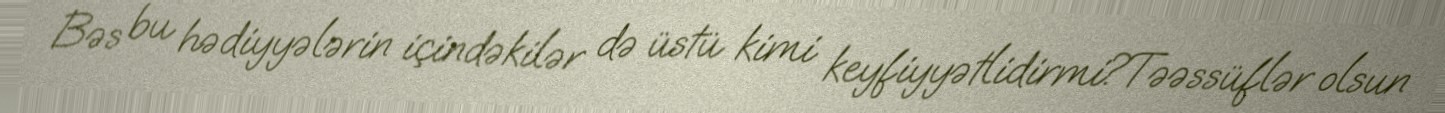
Bəs bu hədiyyələrin içindəkilər də üstü kimi keyfiyyətlidirmi?Təəssüflər olsun